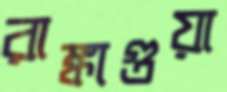
রাঙ্কাগুয়া